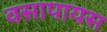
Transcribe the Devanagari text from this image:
वसापायस